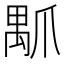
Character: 𤔝